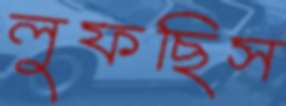
লুফছিস